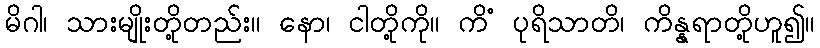
မိဂါ၊ သားမျိုးတို့တည်း။ နော၊ ငါတို့ကို။ ကိံ ပုရိသာတိ၊ ကိန္နရာတို့ဟူ၍။